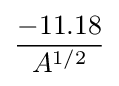
-11.18 \over A^{1/2}